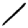
Digit: 1